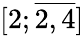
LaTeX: [2;{\overline{{2,4}}}]